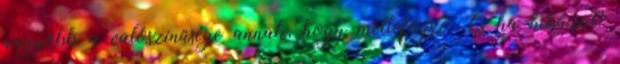
nagyobb a valószínűsége annak, hogy melléfogsz. És ha hibázol?